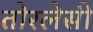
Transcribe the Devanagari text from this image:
तोरलेसी